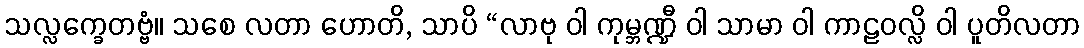
သလ္လက္ခေတဗ္ဗံ။ သစေ လတာ ဟောတိ, သာပိ “လာဗု ဝါ ကုမ္ဘဏ္ဍီ ဝါ သာမာ ဝါ ကာဠဝလ္လိ ဝါ ပူတိလတာ